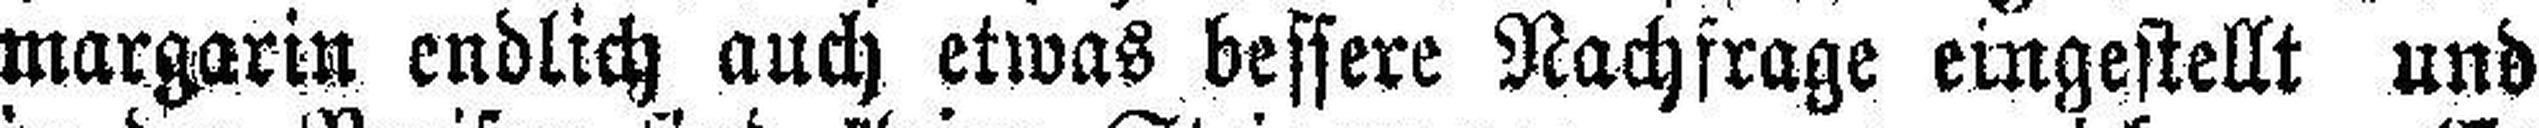
margarin endlich auch etwas bessere Nachfrage eingestellt und